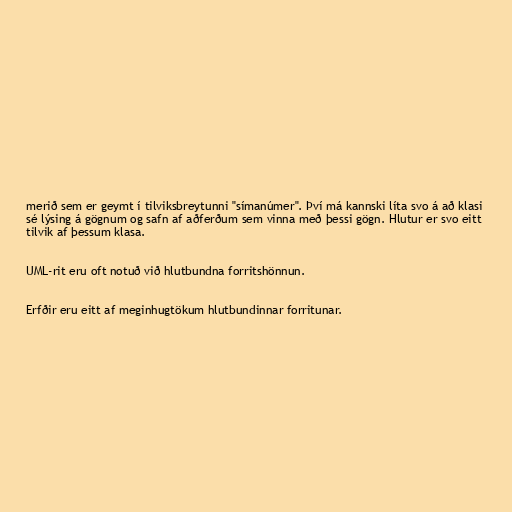
merið sem er geymt í tilviksbreytunni "símanúmer". Því má kannski líta svo á að klasi
sé lýsing á gögnum og safn af aðferðum sem vinna með þessi gögn. Hlutur er svo eitt
tilvik af þessum klasa.

UML-rit eru oft notuð við hlutbundna forritshönnun.

Erfðir eru eitt af meginhugtökum hlutbundinnar forritunar.